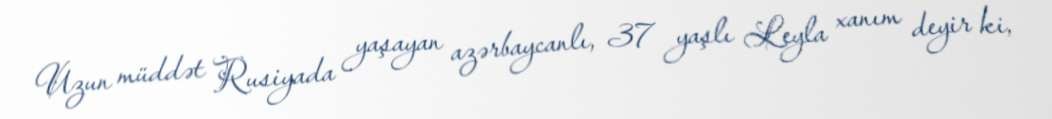
Uzun müddət Rusiyada yaşayan azərbaycanlı, 37 yaşlı Leyla xanım deyir ki,